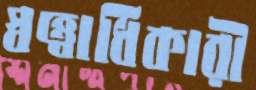
স্বত্ত্বাধিকারী